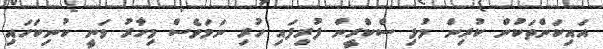
އައިކަންތަކުން ކުރިން މުޅި ސްކްރީން ފުރިފައި ހުރި ނަމަވެސް މިހާރު ވަނީ ކުނިކަހައި